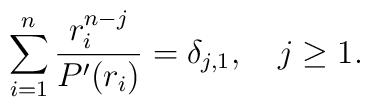
\sum_{i=1}^{n} {r_{i}^{n-j}\over P'(r_{i})} = \delta _{j,1}, \quad j\geq 1.